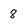
Character: 8